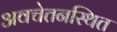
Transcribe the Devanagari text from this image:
अवचेतनस्थित